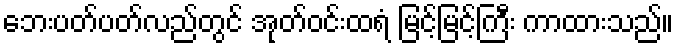
ဘေးပတ်ပတ်လည်တွင် အုတ်ဝင်းထရံ မြင့်မြင့်ကြီး ကာထားသည်။